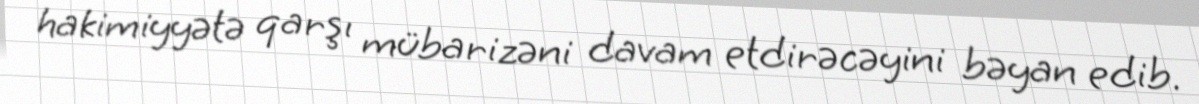
hakimiyyətə qarşı mübarizəni davam etdirəcəyini bəyan edib.